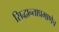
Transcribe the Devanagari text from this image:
सिद्धान्ताप्रमाणेच